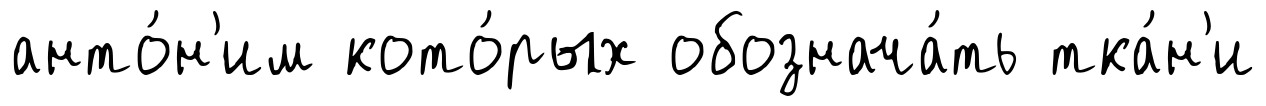
анто́н'им кото́рых обознача́ть тка́н'и